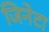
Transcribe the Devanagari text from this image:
जिनेटा